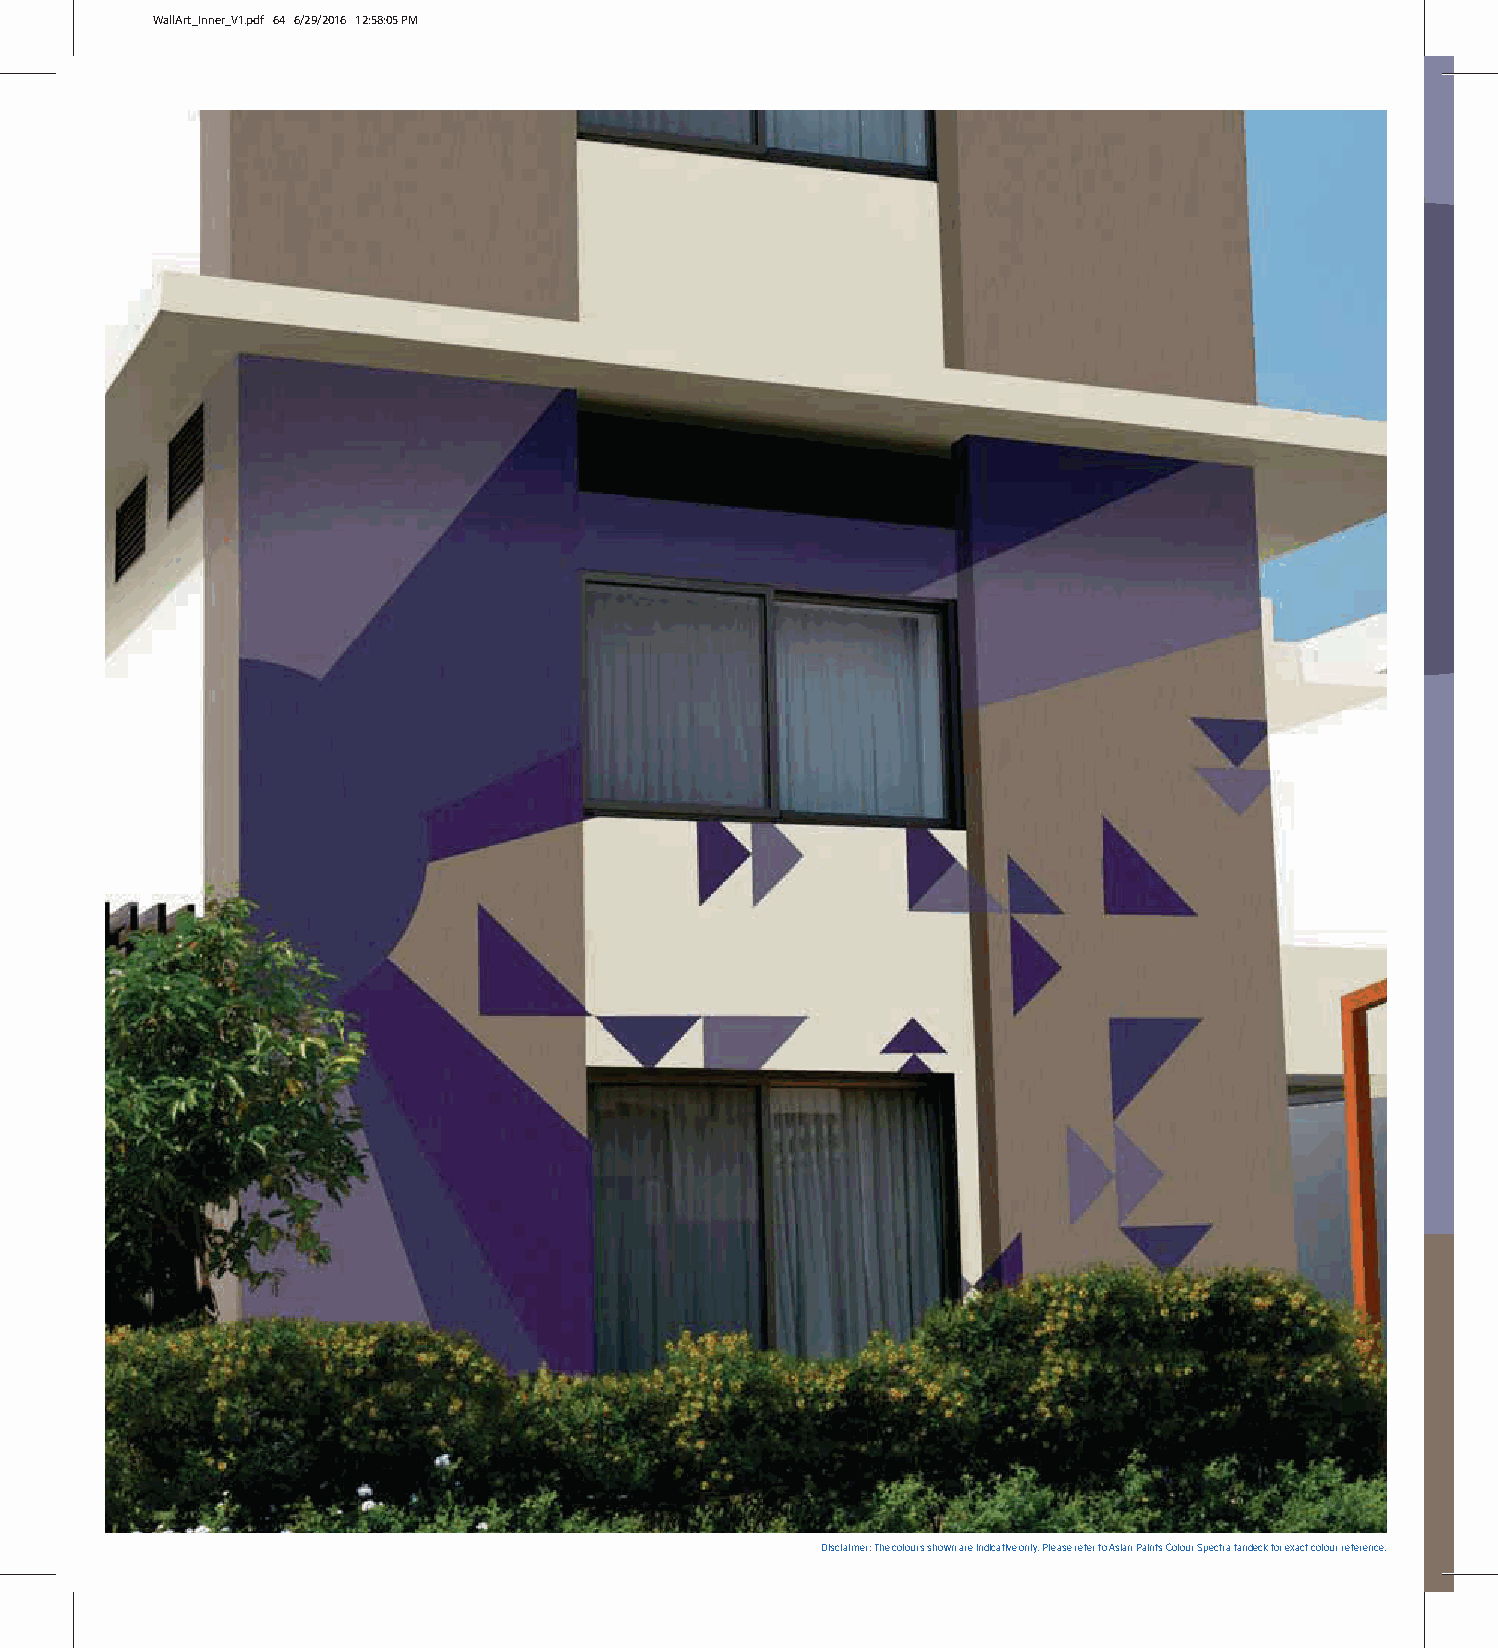
WallArt_Inner_V1.pdf 64 6/29/2016 12:58:05 PM
 Disclaimer: The colours shown are indicative only. Please refer to Asian Paints Colour Spectra fandeck for exact colour reference.